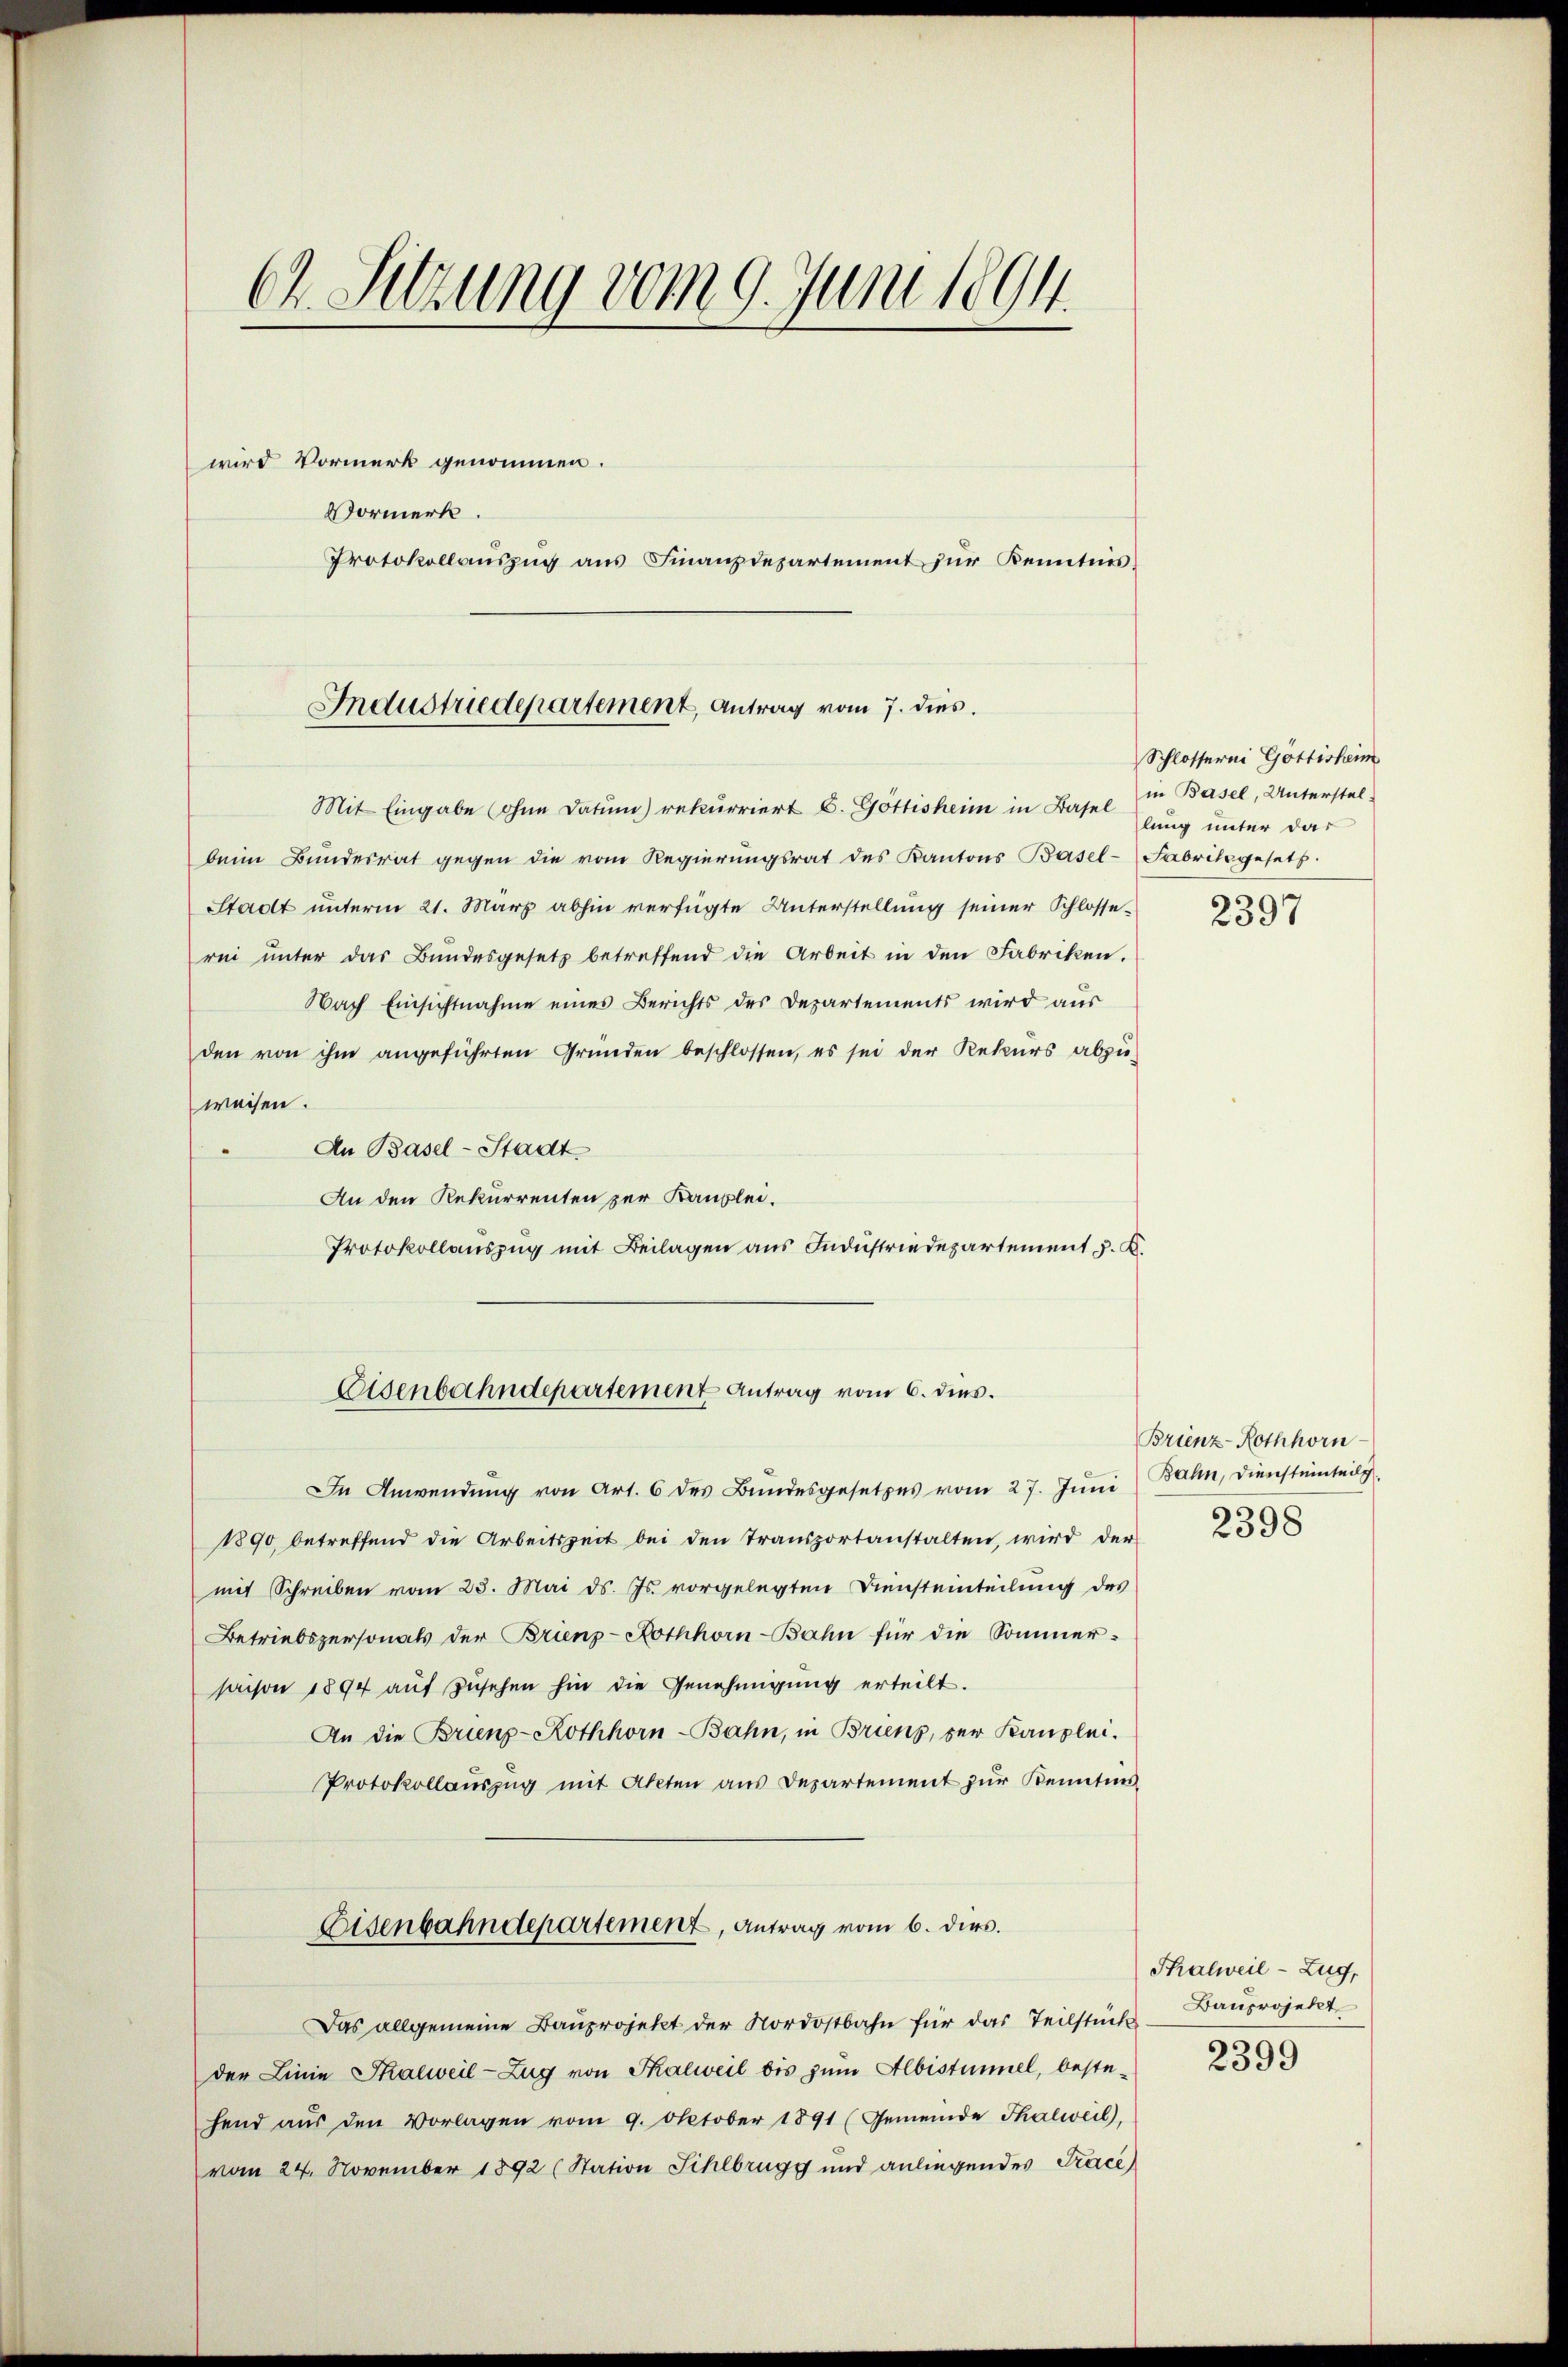
62. Sitzung vom 9. Juni 1894.
wird Vormerk genommen.
Vormerk.
Protokollaŭszŭg aŭs Finanzdepartement zŭr Kenntnis.

Industriedepartement, Antrag vom 7. dies.

Mit Eingabe ohne Datum) rekurriert C. Göttisheim in Basel in Basel, Unterstel-
beim Bundesrat gegen die vom Regierungsrat des Kantons Basel-Fabrikgesetz.
Stadt unterm 21. März abhin verfügte Unterstellung seiner Schlosserei unter das Bundesgesetz betreffend die Arbeit in den Fabriken.
Nach Einsichtnahme eines Berichts des Departements wird aus
den von ihm angeführten Gründen beschlossen, es sei der Rekurs abzu-
weisen.
An Basel-Stadt
An den Rekurrenten zur Kanzlei.
Protokollauszug mit Beilagen aus Industriedepartement v. K.
In Anwendŭng von Art. 6 des Bŭndesgesetzes vom 27. Jŭni Bahn, Diensteinteil
1890 betreffend die Arbeitszeit bei den Transportanstalten, wird der
mit Schreiben vom 23. Mai d. Js. vorgelegten Diensteinteilung des
Betriebspersonals der Brienz-Hothhorn-Bahn für die Sommer-
saison 1894 auf zusehen hin die Genehmigung erteilt.
An die Brienp-Kothhorn-Bahn, in Briens, der Kanzlei.
Protokollauszug mit Akten aus Departement zur Kenntnis-
Eisenbahndepartement, Antrag vom 6. dies.
Das allgemeine Baŭprojekt der Nordostbahn für das Teilstück
der Linie Thalweil-Zug von Thalweil bis zum Albistimmel, bestehend aŭs den Vorlagen vom 9. Oktober 1891 (Gemeinde Thalweil,
vom 24. November 1892 (Station Sihlbrugg und anliegendes Trace

Eisenbahndepartement Antrag vom 6. ds.

Schlosserni Göttisheim
lung unter das

2397

Brienz-Rothhorn
2398

Thalweil-Zug,
Bauprojekt

2399